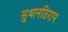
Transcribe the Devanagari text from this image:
सुथानठिराप